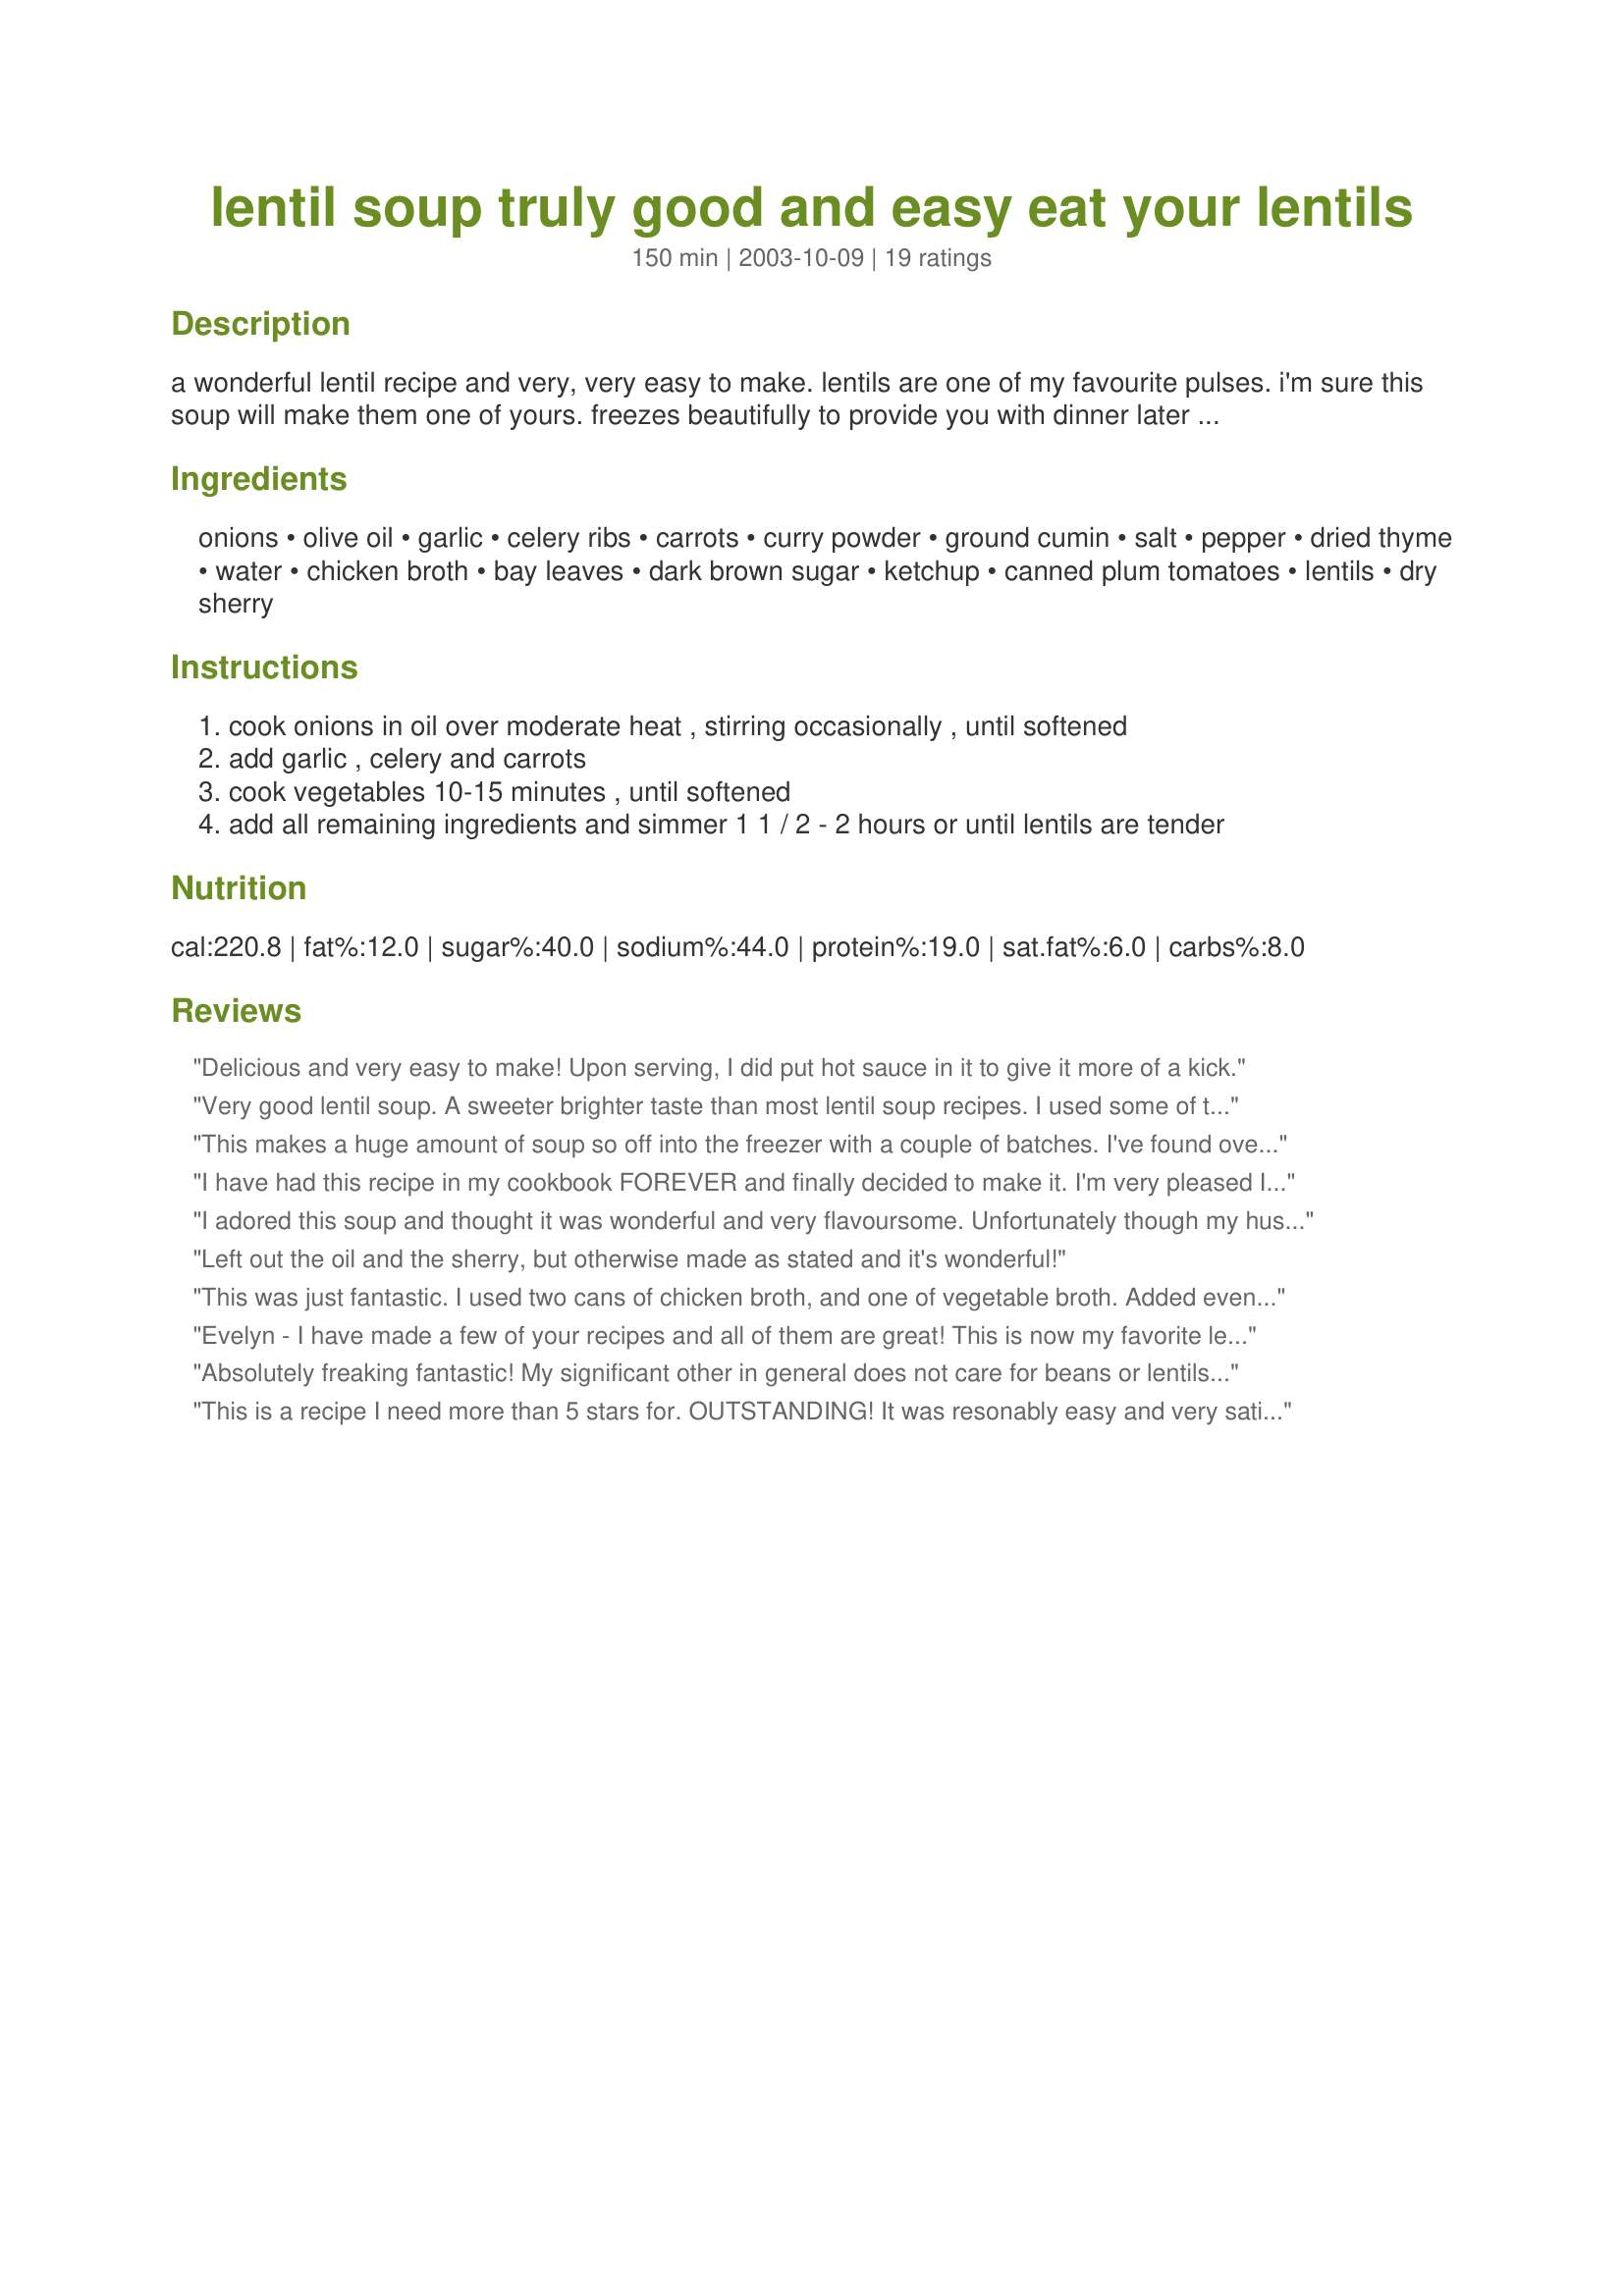
lentil soup truly good and easy eat your lentils
Preparation time: 150 minutes

a wonderful lentil recipe and very, very easy to make. lentils are one of my favourite pulses. i'm sure this soup will make them one of yours. freezes beautifully to provide you with dinner later on down the line when time short and you want a meal on the table - fast!

Ingredients:
onions, olive oil, garlic, celery ribs, carrots, curry powder, ground cumin, salt, pepper, dried thyme, water, chicken broth, bay leaves, dark brown sugar, ketchup, canned plum tomatoes, lentils, dry sherry

Steps:
cook onions in oil over moderate heat , stirring occasionally , until softened
add garlic , celery and carrots
cook vegetables 10-15 minutes , until softened
add all remaining ingredients and simmer 1 1 / 2 - 2 hours or until lentils are tender

Reviews:
Delicious and very easy to make! Upon serving, I did put hot sauce in it to give it more of a kick.
Very good lentil soup. A sweeter brighter taste than most lentil soup recipes. I used some of the local red wine instead of sherry. I made mine vegetarian. I doubt 99% of folks could tell the difference because the flavors added blend very well.
This makes a huge amount of soup so off into the freezer with a couple of batches. I've found over the years lentils are relatively quick cooking and I started serving up after 40 minutes of simmering. I added a can of chick peas and 1 package of frozen chopped spinach, thawed, to the ingredients. Added a bit more curry than called for, and chose red wine over sherry (didn't have any). First class. Thanks for posting.
I have had this recipe in my cookbook FOREVER and finally decided to make it. I'm very pleased I did. I didn't have any cooking spirits on hand so I had to omit that. I also used red curry paste instead of powder, gave it an extra kick! Very good, looking forward to leftovers.
I adored this soup and thought it was wonderful and very flavoursome. Unfortunately though my husband and kids did not share my enthusiasm so I had to compromise with 4 stars. A great alternative to a traditional lentil soup.
Left out the oil and the sherry, but otherwise made as stated and it's wonderful!
This was just fantastic. I used two cans of chicken broth, and one of vegetable broth. Added even MORE sherry than was called for. I also added about 4 extra cloves of garlic. A local Indian restaurant makes a similar soup, and this recipe was far, far better. I couldn't have been more pleased with this soup. It will be a staple at our house. THANKS!
Evelyn - I have made a few of your recipes and all of them are great! This is now my favorite lentil soup. I also use local red wine, (whatever is on hand) and red lentils. I use veg broth and don't usually have celery on hand, (hard to find in Turkey), but this recipe stands up well to improvisation. I probably make this soup once a week, year round, served up with crusty bread. Thanks for another great recipe!
Absolutely freaking fantastic! My significant other in general does not care for beans or lentils, but even HE loved this! I preferred it chunky to pureed and it did need more salt by our tastes. I didn't have any brown sugar, so put in just a couple of pinches of white sugar, and I used white wine instead of sherry for the same reason. This would be fantastic with ham or sausage in it as well, but its delightful without meat as well. Thanks for the wonderful recipe!
This is a recipe I need more than 5 stars for. OUTSTANDING! It was resonably easy and very satisfying to make, filling up the kitchen with wonderful smells for the afternoon. Now, here's the thing...I'm a giant lentil soup fan and I promise this is the best Lentil soup I've ever had...BUT, my husband who heretofore consider lentils poison, he loved the soup too! I have a lentil convert, thank you so much for this! (oh, and my teenage boys loved it too!)
This soup is absolute comfort food! Tonight I made my potato and zucchini curry with flatbreads, and I served this soup right before the meal. It was very appetizing and very tasty! It was great for tonight, because it is getting REALLY cold outside! 
At first the sherry seemed like it was going to be overwhelming, but after the long cook, it went away and just made for a wonderful flavor addition! I used vegetable broth instead of chicken broth so as to keep it a vegetarian meal. I didnt have any canned tomatoes on hand, so I just used some fresh organic tomatoes... and the soup was wonderful!!! I cant wait to have leftovers! Thanks evelyn!!!!!
I found this soup to be very hearty and good. I did not have dry sherry, but I used dry red wine. The flavor was excellent. I am trying to cook more healthy foods, this one will be added to my make again list. Thank you very much for sharing it.
Loved this soup and have made it a few times. Doubled the carrots and celery and left out the ketchup (and didn't miss it). Have made with both sherry and burgundy wine (in a pinch) with equally good results. Haven't had a chance to freeze this, as it goes too quickly.
I loved it... my dh said it was to strong...my ds didn't eat much and said he didn't like it. My 20 month old loved it!!!!!!

SO 50/50 here.

I did everything exact except:
-4 cups of chicken broth and 1 -extra cup of water.
-used my own tomatoes from the garden.
-used red wine instead of Sherry
Can't believe that I didn't rate and review this sooner. I have made it several times, adding meat seperately as my husband can't eat a meal without meat! I have also given some frozen to my friends and heard raves and requests for the recipe. Thank you for a great winter soup.
Very, very nice lentil soup recipe. Thank you for posting this recipe. We made it without the curry only due to personal preference but the soup was terrific and healthful. It does freeze very nicely.
This is fantastic soup (I'm eating it while I type this). I am sick right now and wanted something a little more substantial to eat after being on a liquid diet all day. I just happened to have a bag of lentils but I had never made anything with lentils before so I wanted a basic recipe to start from. I went with what I had so I cut the celery, used frozen carrots added at the same time as the lentils, two 14 oz cans of vegetable broth, a container of (probably 1.5 cups) tomato soup i had in my fridge instead of the ketchup and canned plum tomatoes. The seasonings were basically the same, I did not have cumin but added paprika and cayenne pepper, and used some old white wine and lemon juice instead of sherry. I know it's annoying when someone writes a review but they changed half of the ingredients but I have faith that the original recipe was better than what I made so it DEFINITELY gets five stars.
wonderful soup Loved the blend of spices in it - not too much, just a wonderful rich flavor.
I didnt like this at all. I am sorry. To me lentils should be savory, not sweet, and this turned out way too sweet for me. I will not make it again.
